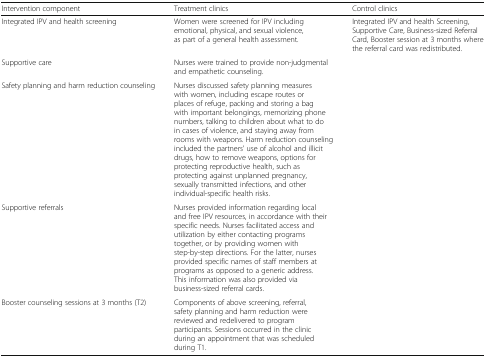
<table><thead><tr><td><b>Intervention component</b></td><td><b>Treatment clinics</b></td><td><b>Control clinics</b></td></tr></thead><tbody><tr><td>Integrated IPV and health screening</td><td>Women were screened for IPV including emotional, physical, and sexual violence, as part of a general health assessment.</td><td>Integrated IPV and health Screening, Supportive Care, Business-sized Referral Card, Booster session at 3 months where the referral card was redistributed.</td></tr><tr><td>Supportive care</td><td>Nurses were trained to provide non-judgmental and empathetic counseling.</td><td>[EMPTY_CELL]</td></tr><tr><td>Safety planning and harm reduction counseling</td><td>Nurses discussed safety planning measures with women, including escape routes or places of refuge, packing and storing a bag with important belongings, memorizing phone numbers, talking to children about what to do in cases of violence, and staying away from rooms with weapons. Harm reduction counseling included the partners’ use of alcohol and illicit drugs, how to remove weapons, options for protecting reproductive health, such as protecting against unplanned pregnancy, sexually transmitted infections, and other individual-specific health risks.</td><td>[EMPTY_CELL]</td></tr><tr><td>Supportive referrals</td><td>Nurses provided information regarding local and free IPV resources, in accordance with their specific needs. Nurses facilitated access and utilization by either contacting programs together, or by providing women with step-by-step directions. For the latter, nurses provided specific names of staff members at programs as opposed to a generic address. This information was also provided via business-sized referral cards.</td><td>[EMPTY_CELL]</td></tr><tr><td>Booster counseling sessions at 3 months (T2)</td><td>Components of above screening, referral, safety planning and harm reduction were reviewed and redelivered to program participants. Sessions occurred in the clinic during an appointment that was scheduled during T1.</td><td>[EMPTY_CELL]</td></tr></tbody></table>